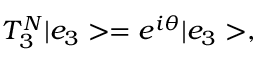
T _ { 3 } ^ { N } | e _ { 3 } > = e ^ { i \theta } | e _ { 3 } > ,